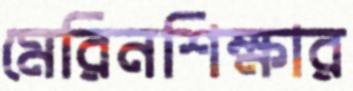
মেরিনশিক্ষার